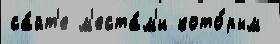
са́йт'е м'еста́м'и кото́рым